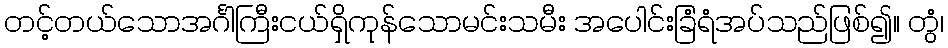
တင့်တယ်သောအင်္ဂါကြီးငယ်ရှိကုန်သောမင်းသမီး အပေါင်းခြံရံအပ်သည်ဖြစ်၍။ တွံ၊